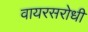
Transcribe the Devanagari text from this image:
वायरसरोधी